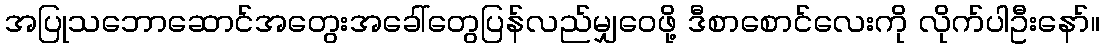
အပြုသဘောဆောင်အတွေးအခေါ်တွေပြန်လည်မျှဝေဖို့ ဒီစာစောင်လေးကို လိုက်ပါဦးနော်။